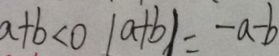
a + b < 0 \vert a + b \vert = - a - b